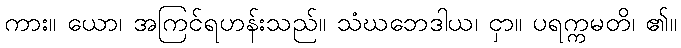
ကား။ ယော၊ အကြင်ရဟန်းသည်။ သံဃဘေဒါယ၊ ငှာ။ ပရက္ကမတိ၊ ၏။